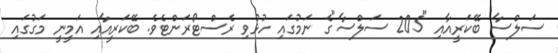
ސަލްސާ ބޭކަރީއާއި "205 ސަލްސާ"ގެ ނަމުގައި ހުޅުވި ރެސްޓޯރަންޓެވެ. ބޭކަރީއާއި އަމީނީ މަގުގައި